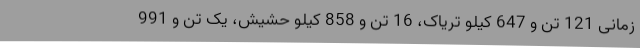
زمانی 121 تن و 647 کیلو تریاک، 16 تن و 858 کیلو حشیش، یک تن و 991